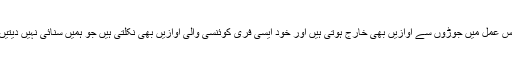
اس عمل میں جوڑوں سے آوازیں بھی خارج ہوتی ہیں اور خود ایسی فری کوئنسی والی آوازیں بھی نکلتی ہیں جو ہمیں سنائی نہیں دیتیں۔